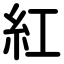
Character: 紅